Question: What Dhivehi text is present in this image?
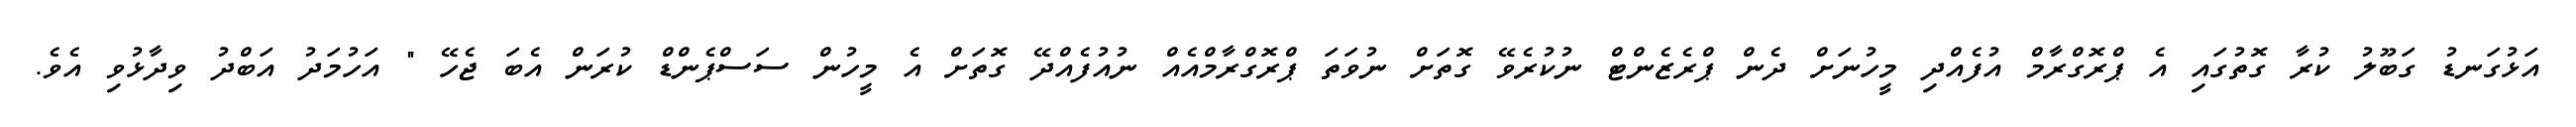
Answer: އަޅުގަނޑު ގަބޫލު ކުރާ ގޮތުގައި އެ ޕްރޮގްރާމް އުފެއްދި މީހުނަށް ދެން ޕްރެޒެންޓް ނުކުރެވޭ ގޮތަށް ނުވަތަ ޕްރޮގްރާމްއެއް ނުއުފެއްދޭ ގޮތަށް އެ މީހުން ސަސްޕެންޑް ކުރަން އެބަ ޖެހޭ " އަހުމަދު އަބްދު ވިދާޅުވި އެވެ.